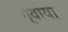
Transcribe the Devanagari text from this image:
ग्वाया